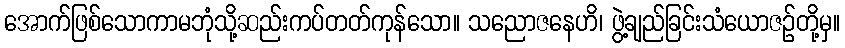
အောက်ဖြစ်သောကာမဘုံသို့ဆည်းကပ်တတ်ကုန်သော။ သညောဇနေဟိ၊ ဖွဲ့ချည်ခြင်းသံယောဇဉ်တို့မှ။